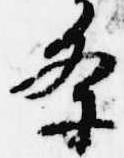
条